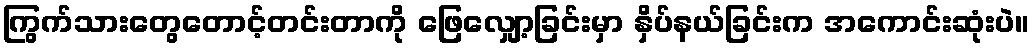
ကြွက်သားတွေတောင့်တင်းတာကို ဖြေလျှော့ခြင်းမှာ နှိပ်နယ်ခြင်းက အကောင်းဆုံးပဲ။